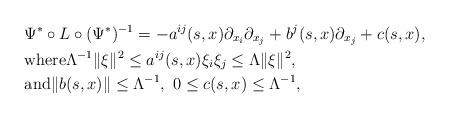
LaTeX: \begin{align*}& \Psi^* \circ L \circ (\Psi^*)^{-1} = - a^{ij} (s,x)\partial_{x_i} \partial_{x_j} + b^{j} (s,x) \partial_{x_j} +c(s,x), \\&\textup{where} \Lambda^{-1} \| \xi\|^2 \leq a^{ij}(s,x) \xi_i \xi_j \leq \Lambda \| \xi\|^2, \\&\textup{and} \| b(s,x)\| \leq \Lambda^{-1}, \ 0 \leq c(s,x) \leq \Lambda^{-1},\end{align*}